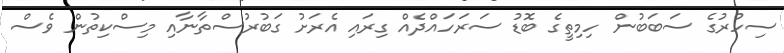
ސިހުރުގެ ސަބަބުން ހިމިތީގެ ބޮޑު ސަރަހައްދެއް ގިރައި އެރަށު ގަބުރުސްތާނާއި މިސްކިތުން ވެސް